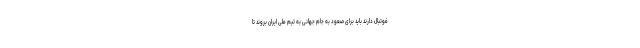
فوتبال دارند باید برای صعود به جام جهانی به تیم ملی ایران بروند تا